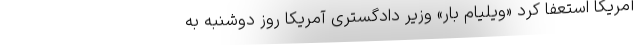
آمریکا استعفا کرد «ویلیام بار» وزیر دادگستری آمریکا روز دوشنبه به